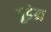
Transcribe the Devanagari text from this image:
गूडेन